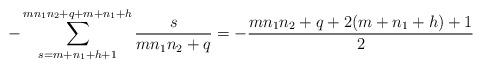
LaTeX: \begin{gather*}-\sum_{s=m+n_1+h+1}^{mn_1n_2+q+m+n_1+h}\frac{s}{mn_1n_2+q}=-\frac{mn_1n_2+q+2(m+n_1+h)+1}{2}\end{gather*}